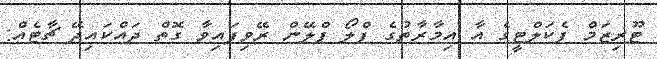
ޓޫރިޒަމް ފެކަލްޓީގެ އާ އިމާރާތުގެ ފްލޯ ޕްލޭން ރޭވިފައިވާ ގޮތް ދައްކައިދޭ ޗާޓެއް: